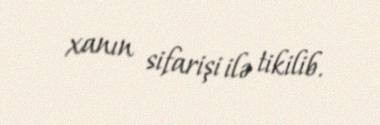
xanın sifarişi ilə tikilib.